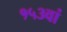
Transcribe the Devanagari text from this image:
१५३वां